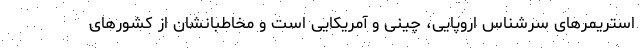
استریمرهای سرشناس اروپایی، چینی و آمریکایی است و مخاطبانشان از کشورهای